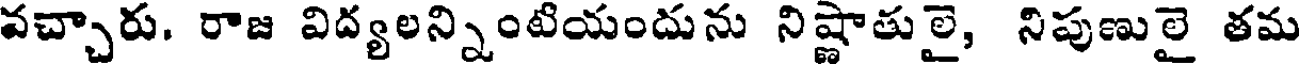
వచ్చారు. రాజ విద్యలన్నింటియందును నిష్ణాతులై, నిపుణులై తమ